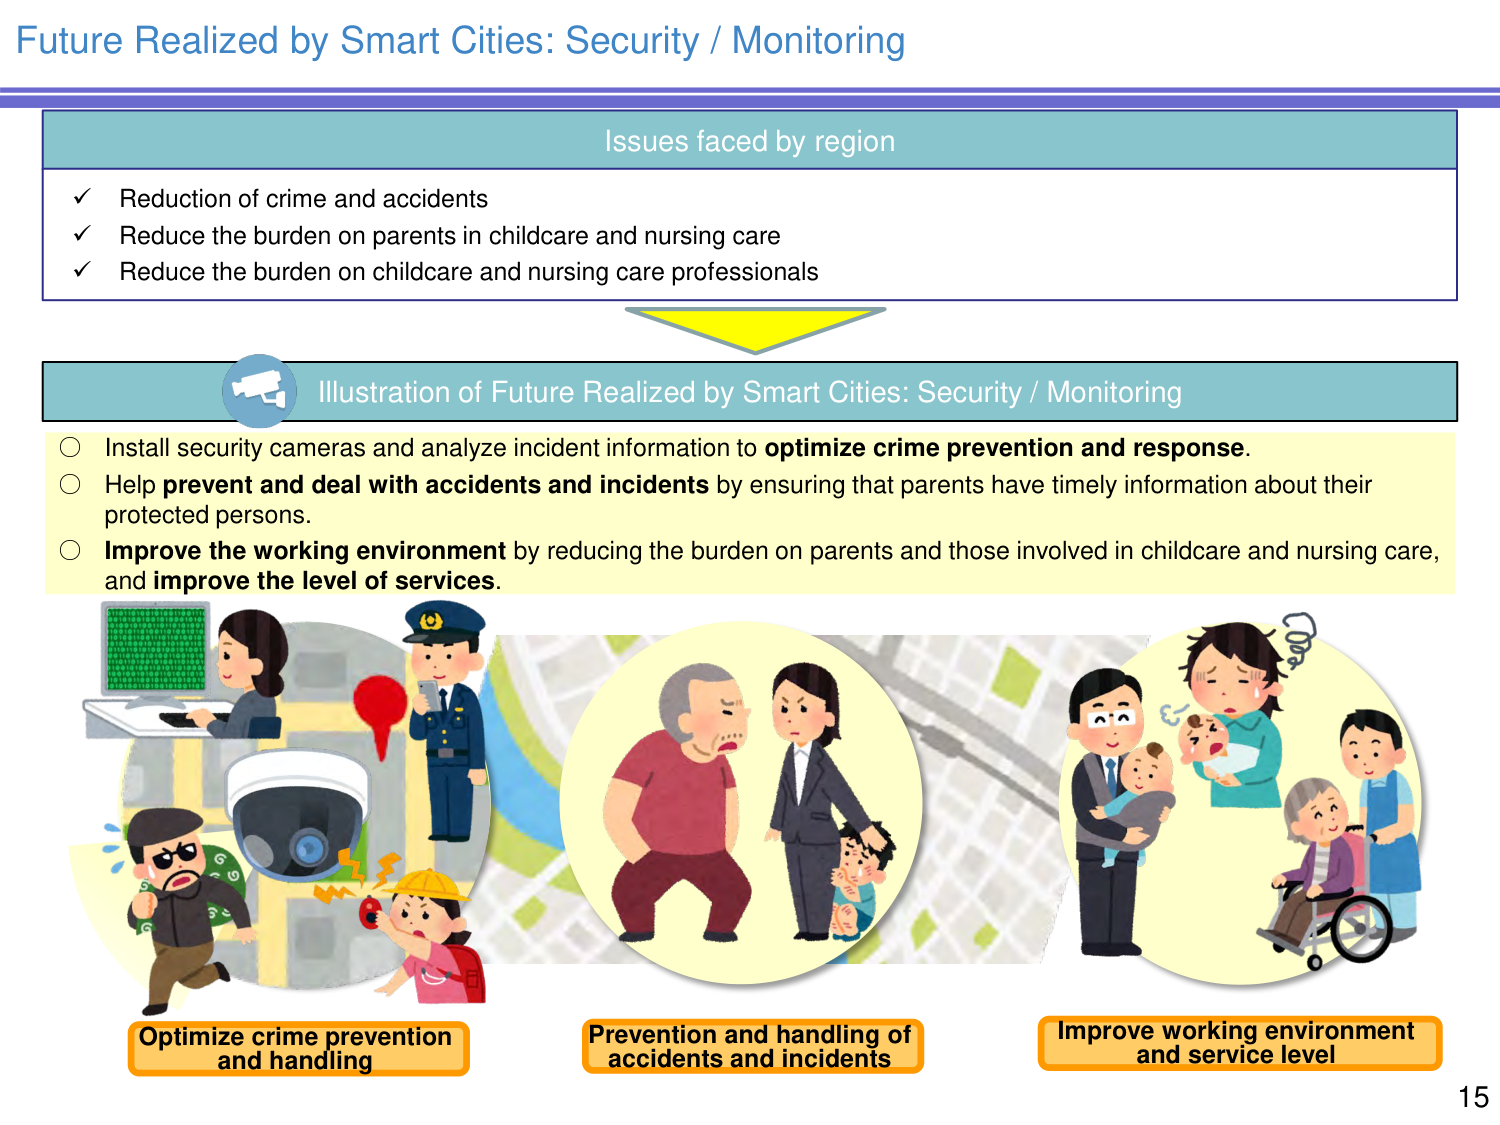
Future Realized by Smart Cities: Security / Monitoring

Issues faced by region
✓ Reduction of crime and accidents
✓ Reduce the burden on parents in childcare and nursing care
✓ Reduce the burden on childcare and nursing care professionals

Illustration of Future Realized by Smart Cities: Security / Monitoring
○ Install security cameras and analyze incident information to optimize crime prevention and response.
○ Help prevent and deal with accidents and incidents by ensuring that parents have timely information about their protected persons.
○ Improve the working environment by reducing the burden on parents and those involved in childcare and nursing care, and improve the level of services.

Optimize crime prevention and handling
Prevention and handling of accidents and incidents
Improve working environment and service level

15